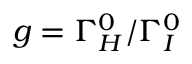
g = \Gamma _ { H } ^ { 0 } / \Gamma _ { I } ^ { 0 }